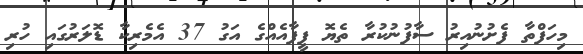
މިހަފްތާ ފެށުނުއިރު ސާފުނުކުރާ ތެޔޮ ފީފާއެއްގެ އަގު 37 އެމެރިކާ ޑޮލަރުގައި ހުރި